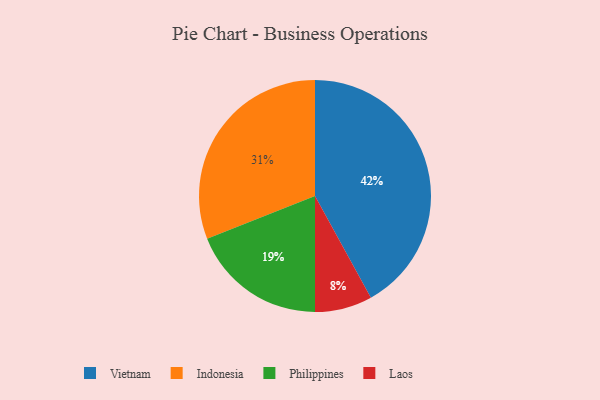
{"axis": {"x": "Category", "y": "Percentage"}, "legend": ["Indonesia", "Laos", "Philippines", "Vietnam"], "data": [{"x": "Philippines", "y": 19, "type": "Philippines"}, {"x": "Vietnam", "y": 42, "type": "Vietnam"}, {"x": "Indonesia", "y": 31, "type": "Indonesia"}, {"x": "Laos", "y": 8, "type": "Laos"}]}